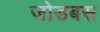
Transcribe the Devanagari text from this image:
जोडबस